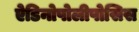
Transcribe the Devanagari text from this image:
ऐडिनोपोलीपोसिस